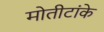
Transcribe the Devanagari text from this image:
मोतीटांके